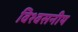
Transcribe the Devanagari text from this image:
विश्‍वसनीय